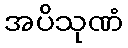
အပိသုဏံ